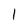
Character: 1